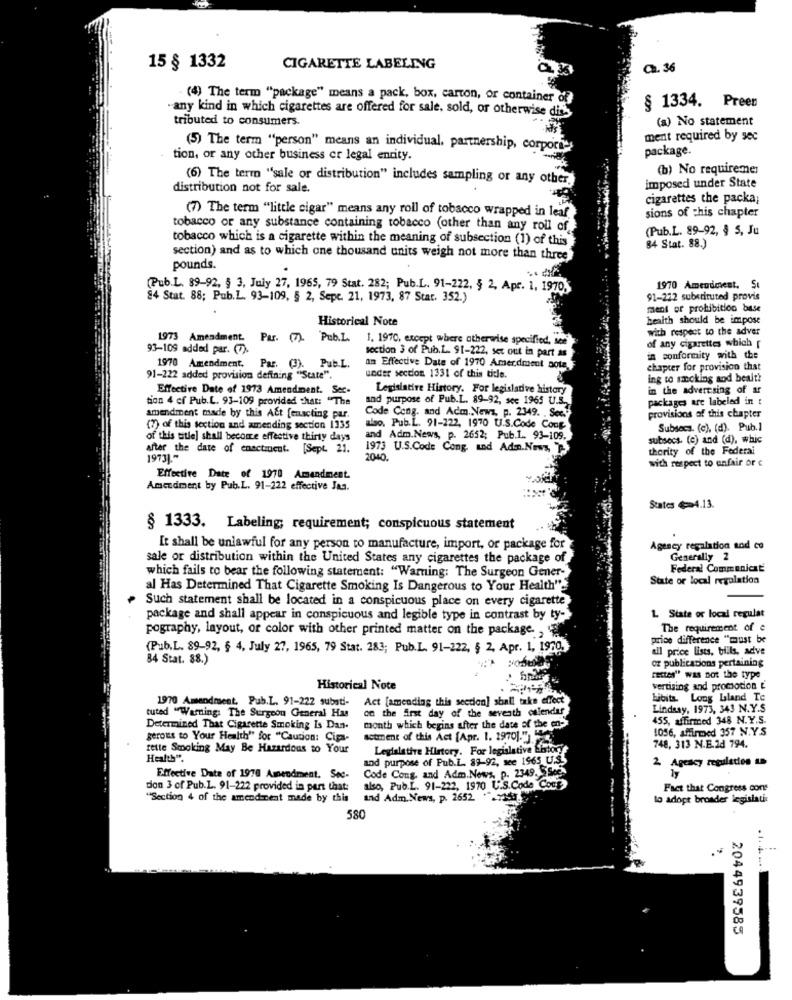
15 § 1332
CIGARETTE LABELING
₾. 36
(4) The term "package" means a pack, box, carton, or container of
"any kind in which cigarettes are offered for sale, sold, or otherwise dis's
§ 1334. Preen
tributed to consumers.
(a) No statement
ment required by sec
(5) The term "person" means an individual, partnership, corpori-
package.
tion, or any other business er legal entity.
(b) No requiremer
(6) The term "sale or distribution" includes sampling or any other.
distribution not for sale.
imposed under State
cigarettes the packa;
(7) The term "little cigar" means any roll of tobacco wrapped in leaf
sions of this chapter
tobacco or any substance containing tobacco (other than any roll of
(Pub.L. 89-92, § 5, Ju
tobacco which is a cigarette within the meaning of subsection (1) of this
84 Stat. 88.)
section) and as to which one thousand units weigh not more than three
pounds.
(Pub.L. 89-92, § 3, July 27, 1965, 79 Stat. 282; Pub.L. 91-222, § 2. Apr. 1. 1970.
1970 Amendment. S
84 Stat. 88; Pub.L. 93-109, § 2, Sepe. 21, 1973, 87 Stat. 352.)
91-212 substituted provis
maent or prohibition base
Historical Note
health should be impose
with respect to the adver
1973 Amendment.
Par. (7).
Pub.L.
1. 1970, except where otherwise specified, see"
of any cigarettes which
93-109 added par. (7).
section 3 of Pub. L. 91-222, set out in part as
in conformity with the
1970 Amendment.
Pas. (3).
Pub.L.
an Effective Date of 1970 Amerdment Botz.
chapter for provision that
91-222 added provision defining "State".
under section 1331 of this title.
ing to smoking and bealt?
Effective Date of 1973 Amendment. Sec-
Legislative History. For legisladve history
in the advertising of ar
tion 4 cf Pub.L. 93-109 provided that: "The
and purpose of Pub.L. 89-92, see 1965 U.S.
packages are labeled in t
Code Cong. and Adm. News, p. 2349. . Sco.y
amendment made by this Act [enacting par.
provisions of this chapter
(7) of this section and amending section 1335
also, Pub.L. 91-222, 1970 U.S.Code Cong.
Subsecs. (c), (d). Pub.l
of this title] shall become effective thirty days
and Adm.News, p. 2652; Pub.1. 93-109.
subsecs- (c) and (d), whic
after the date of enactment. [Sept. 21.
1973 U.S.Code Cong. and Adon.Nows. T.
thority of the Federal
19731-
2040
with respect to unfair or e
Effective Date of 1970 Amendment.
Amendment by Pub.L. 91-222 effective Jan.
States 4.13.
§ 1333. Labeling; requirement; conspicuous statement
It shall be unlawful for any person to manufacture, import, or package for
Agency regalation and co
sale or distribution within the United States any cigarettes the package of
Generally 2
which fails to bear the following statement: "Warning: The Surgeon Gener-
Federal Communicat
State or local regulation
al Has Determined That Cigarette Smoking Is Dangerous to Your Health".
Such statement shall be located in a conspicuous place on every cigarette
package and shall appear in conspicuous and legible type in contrast by ty-
1. State or local regulat
The requirement of e
pography, layout, or color with other printed matter on the package .,
price difference "must be
(Pub.L. 89-92, § 4, July 27, 1965, 79 Stat. 283; Pub.L. 91-222, § 2. Apr. 1, 1970.
all price lists, bills, adve
84 Stat. 88.)
oz publications pertaining
testes" was not the type
Historical Note
vertising and promotion ['
1970 Amendment, Pub.L. 91-222 subati-
Act [amending this section] shall take effect
bibita. Long bland Te
on the first day of the seventh calendar
Lindsay, 1973, 343 N.Y.S
tuted "Warning: The Surgeon General Has
455, affirmed 348 N.Y.S.
Determined That Cigarette Smoking Is Dan-
month which begins after the date of the co-
1056, affirmed 357 N.Y.S.
gerous to Your Health" for "Caution: Cipa-
actment of this Act [Apr. 1. 1970).")56.
tette Smoking May Be Hazardous to Your
Legislative History. For legislative Liston
748, 313 N.E.2d 794.
Health".
and purpose of Pub.L. 89-92, see 1965 U.S.
Code Cong. and Adm.Nows. p. 2349. ESce
2 Agency regulation us
Effective Date of 1978 Amendment. Soc-
don 3 of Pub.L. 91-222 provided in part that:
also, Pub.L. 91-222, 1970 U.S.Code Cool
Fact that Congress cons
"Section 4 of the amendment made by this
and Adm. News, p. 2652. "" >15
lo adopt broader legislati
580
2044939585